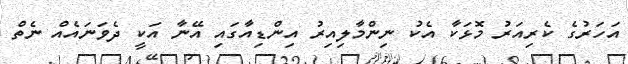
އަހަރުގެ ކެރިއަރު މޮޅަކާ އެކު ނިންމާލިއިރު އިންޑިއާގައި އޭނާ އަކީ ދެވަނައެއް ނެތް